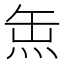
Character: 缹